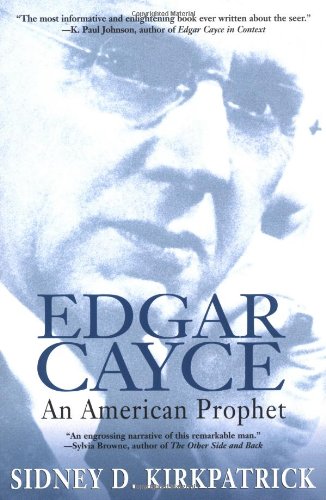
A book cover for Edgar Cayce: An American Prophet; Sidney D. Kirkpatrick; Religion & Spirituality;